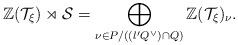
LaTeX: \begin{align*} \mathbb{Z}(\mathcal{T}_\xi)\rtimes \mathcal{S} = \bigoplus_{\nu\in P/((l'Q^\vee)\cap Q)} \mathbb{Z}(\mathcal{T}_\xi)_\nu.\end{align*}